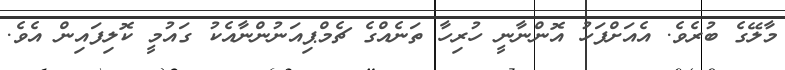
މާލޭގެ ބުރެވެ. އެއަށްފަހު އޮންނާނީ ހުރިހާ ތަނެއްގެ ޗެމްޕިއަނުންނާއެކު ގައުމީ ކޮލިފައިން އެވެ.